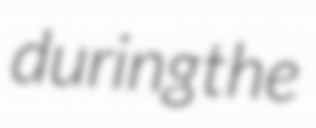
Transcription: during the